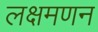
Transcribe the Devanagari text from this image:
लक्षमणन